Vital statistics of India. Vol. IV, Annual returns from 1871 to 1876. British Army of India, Native Army and jails of Bengal
Year: 1871
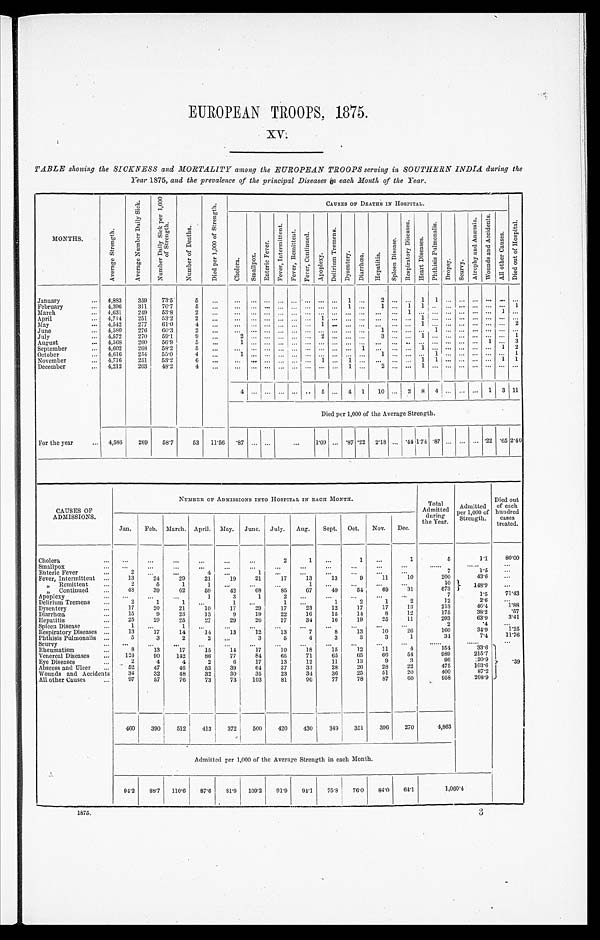
EUROPEAN TROOPS, 1875.
XV.
TABLE showing the SICKNESS and MORTALITY among the EUROPEAN TROOPS serving in SOUTHERN INDIA during the
Year 1875, and the prevalence of the principal Diseases in each Month of the Year.
MONTHS.
A v e r a g e S t r e n g t h .
A v e r a g e N u m b e r D a i l y S i c k .
N u m b e r D a i l y S i c k p e r 1 , 0 0 0 o f S t r e n g t h .
N u m b e r o f D e a t h s .
D i e d p e r 1 , 0 0 0 o f S t r e n g t h .
C A U S E S O F D E A T H S I N H O S P I T A L .
D i e d o u t o f H o s p i t a l .
C h o l e r a .
S m a l l p o x .
E n t e r i c F e v e r .
F e v e r , I n t e r m i t t e n t . F e v e r , R e m i t t e n t . F e v e r , C o n t i n u e d .
A p o p l e x y .
D e l i r i u m T r e m e n s .
D y s e n t e r y . D i a r r h œ a . H e p a t i t i s .
S p l e e n D i s e a s e . R e s p i r a t o r y D i s e a s e s .
H e a r t D i s e a s e s .
P h t h i s i s P u l m o n a l i s .
D r o p s y . S c u r v y .
A t r o p h y a n d A n æ m i a .
W o u n d s a n d A c c i d e n t s .
A l l o t h e r C a u s e s .
January
4,883 359 73.5 5
1
2
1 1
February
4,396 311 70.7
5
1
1
1 1
1
March
4,631 249 53.8
2
1
1
April
4,714 251 53.2
2
1
1
May
4,542 277 61.0
4
1
1
2
June
4,580 276 60.3
2
1
1
July
4,572 270 59.1
9
2
2
3
1
1
August
4,568 260 56.9
5
1
1
3
September
4,602 268 58.2
5
1
1
1 2
October
4,616 254 55.0
4
1
1
1
1
November
4,716 251 53.2
6
1
1
1 1
1 1
December
4,212 203 48.2
4
1
2
1
4
5
4 1 10
2 8 4
1 3 11
Died per 1,000 of the Average Strength.
For the year
4,586 269 58.7 53 11.56 . 8 7
1.09 .87 .22 2.18
. 4 4 1 . 7 4 .87
.22 .65 2.40
CAUSES OF
ADMISSIONS.
NUMBER OF ADMISSIONS INTO HOSPITAL IN EACH MONTH.
Total
Admitted dur i ng t he Year .
Admitted
per 1,000 of
Strength.
Died out
of each
hundred cases
treated.
Jan. Feb. March. April. May. June. July. Aug. Sept. Oct. Nov. Dec.
Cholera
2
1
1
1
5
1.1 80.00
Smallpox Enteric Fever
2
4
1
7
1 . 5
Fever, Intermittent
13
24
29
21
19
21
17
13
13
9
11
10
2 0 0
4 3 . 6
7
„ Remittent
2
5
1
1
1
10
148.9
„ Continued
48
39
62
59
42
68
85
67
49
54
69 31
673
Apoplexy
1
3
1
2
7
1 . 5
7 1 . 4 3
Delirium Tremens
2
1
1
1
1
1
2
1
2
12
2 . 6
Dysentery
17
20
21
10
17
29
17
23
12
17
17
13
213
46.4
1 . 8 8
Diarrhœa 15
9
23
13
9
19
22
16
15
14
8
12
175
38.2
. 5 7
Hepatitis
25
29
25
27 29
26
27
34
16
19
25
11
293
63.9
3 . 4 1
Spleen Disease
1
1
2
. 4
Respiratory Diseases
13
17
14
14
13
12
13
7
8
13
10 26
160
34.9
1.2 5
Phthisis Pulmonalis
5
3
2
2
3
5
4
3
3
3
1
34
7 . 4
1 1 . 7 6
Scurvy Rheumatism
8
13
17
15
14
17
10
1 8
1 5 12
1 1 4
1 5 4
3 3 . 6
.39
Venereal Diseases
124
90 142
86 77
84 65
71
65
65
66
54
9 8 9
2 1 5 . 7
Eye Diseases
2
4
4
2
6
17
13
12
11
13
9
3
96
20.9
Abscess and Ulcer
52
47
46
53 39
64
37
33
28
26 28 22
475
103.6
Wounds and Accidents
34
32
48
32
30 35
23
34
36 25
51
20
400
87.2
All other Causes
97
57
76
73 73 103
81
96 77
78
87 60
958
208.9
460 390 512 413
3 7 2 500 420 430 349 351 396 270
4,863
Admitted per 1,000 of the Average Strength in each Month.
94.2 88.7 110.6 87.6 81.9 109.2 91.9 94.1 75.8 76.0 84.0 64. 1
1 , 0 6 0 . 4
1 8 7 5 . 3